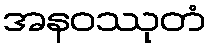
အနဝဿုတံ